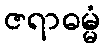
ဇရာဓမ္မံ